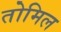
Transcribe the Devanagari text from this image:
तोमिल